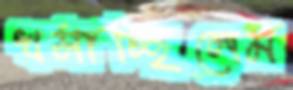
খসাচ্ছিলেম